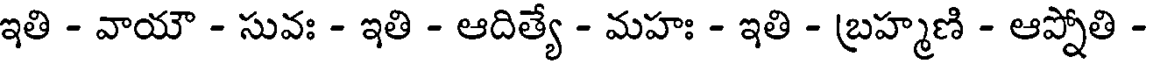
ఇతి - వాయౌ - సువః - ఇతి - ఆదిత్యే - మహః - ఇతి - బ్రహ్మణి - ఆప్నోతి -